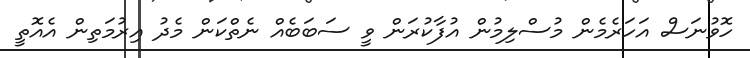
ހޮވުނަސް އަހަރެމެން މުސްލިމުން އުފާކުރަން ވީ ސަބަބެއް ނެތްކަން މެދު އިރުމަތިން އެއޮތީ